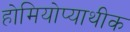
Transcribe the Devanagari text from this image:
होमियोप्याथीक